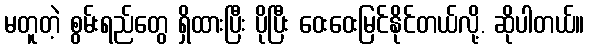
မတူတဲ့ စွမ်းရည်တွေ ရှိထားပြီး ပိုပြီး ဝေးဝေးမြင်နိုင်တယ်လို့. ဆိုပါတယ်။